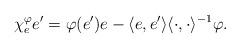
LaTeX: \begin{align*} \chi^\varphi_e e' = \varphi(e') e - \langle e,e' \rangle \langle\cdot,\cdot\rangle^{-1}\varphi.\end{align*}